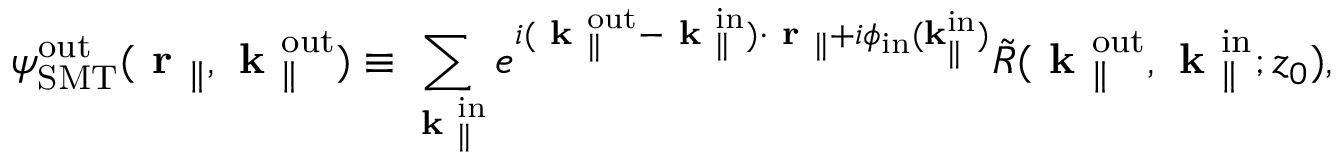
{ \psi } _ { \mathrm { S M T } } ^ { \mathrm { o u t } } ( \textbf { r } _ { \parallel } , \textbf { k } _ { \parallel } ^ { \mathrm { o u t } } ) \equiv \sum _ { \textbf { k } _ { \parallel } ^ { \mathrm { i n } } } e ^ { i ( \textbf { k } _ { \parallel } ^ { \mathrm { o u t } } - \textbf { k } _ { \parallel } ^ { \mathrm { i n } } ) \cdot \textbf { r } _ { \parallel } + i \phi _ { \mathrm { i n } } ( \bf k _ { \parallel } ^ { \mathrm { i n } } ) } \Tilde { R } ( \textbf { k } _ { \parallel } ^ { \mathrm { o u t } } , \textbf { k } _ { \parallel } ^ { \mathrm { i n } } ; z _ { 0 } ) ,